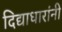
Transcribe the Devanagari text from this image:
दिद्याधारांनी